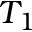
T _ { 1 }